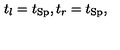
t _ { l } = t _ { \mathrm { S p } } , t _ { r } = t _ { \mathrm { S p } } ,